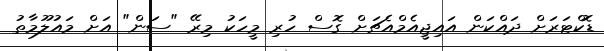
ޑޮކްޓަރަށް ދައްކަން އައިޖީއެމްއެޗަށް ގޮސް ހުރި މީހަކު މިރޭ "ސަން" އަށް މައުލޫމާތު